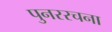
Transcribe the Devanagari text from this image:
पुनररचना